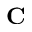
\mathbf { C }